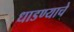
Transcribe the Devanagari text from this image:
धाडण्याचे